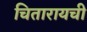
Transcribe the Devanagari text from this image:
चितारायची